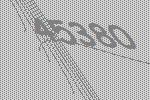
45380